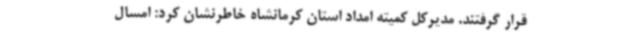
قرار گرفتند. مدیرکل کمیته امداد استان کرمانشاه خاطرنشان کرد: امسال